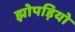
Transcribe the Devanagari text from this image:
झोपड़ियो